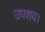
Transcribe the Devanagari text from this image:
उपशय।